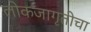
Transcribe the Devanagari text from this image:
लोकजागृतीचा